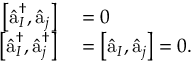
\begin{array} { r l } { \left[ \hat { \textmd a } _ { I } ^ { \dagger } , \hat { \textmd a } _ { j } \right] } & { { } = 0 } \\ { \left[ \hat { \textmd a } _ { I } ^ { \dagger } , \hat { \textmd a } _ { j } ^ { \dagger } \right] } & { { } = \left[ \hat { \textmd a } _ { I } , \hat { \textmd a } _ { j } \right] = 0 . } \end{array}